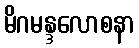
မိဂမန္ဒလောစနာ